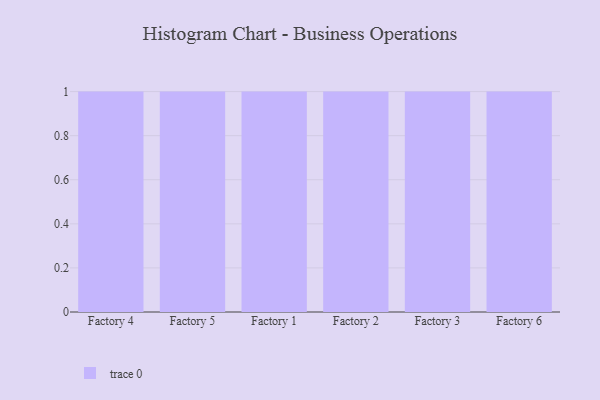
{"axis": {"x": "Factory", "y": "Production Output"}, "legend": [""], "data": [{"x": "Factory 4", "y": 80, "type": ""}, {"x": "Factory 5", "y": 86, "type": ""}, {"x": "Factory 1", "y": 35, "type": ""}, {"x": "Factory 2", "y": 21, "type": ""}, {"x": "Factory 3", "y": 78, "type": ""}, {"x": "Factory 6", "y": 80, "type": ""}]}